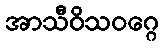
အာသီဝိသဝဂ္ဂေ